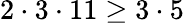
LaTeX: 2\cdot 3\cdot 11\geq 3\cdot 5